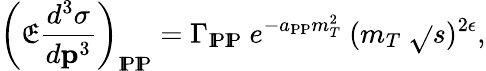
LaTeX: \left(\mathfrak{E}\frac{{d^{3}\sigma}}{{d{\mathbf{p}}^{3}}}\right)_{\mathrm{{I\! P\mathrm{{I\! P}}}}}=\Gamma_{\mathrm{{I\! P\mathrm{{I\! P}}}}}\ e^{-a_{\mathrm{{I\! P\mathrm{{I\! P}}}}}m_{T}^{2}}\ (m_{T}\ \sqrt{}{{s}})^{2\epsilon},